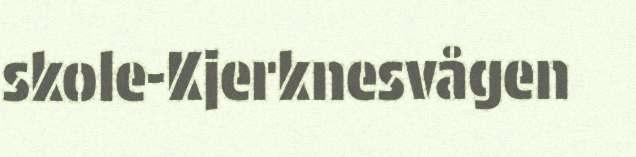
skole-Kjerknesvågen